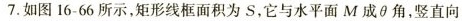
7.如图16-66所示，矩形线框面积为S，它与水平面M成\theta 角，竖直向